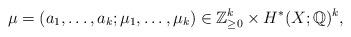
LaTeX: \begin{align*}\mu=(a_1,\dots,a_k;\mu_1,\dots,\mu_k)\in \mathbb{Z}_{\geq 0}^k\times H^*(X;\mathbb{Q})^k,\end{align*}